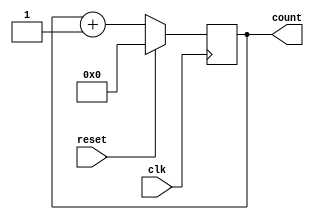
module name(clk,reset,count);
 input clk,reset;
 output reg [3:0]count;

 always @(negedge clk)
 begin 
    if(reset==1'b1)
    begin 
        count<=4'b0000;
    end
    else
    begin
        count<=count+1;
    end
 end
endmodule